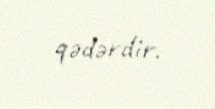
qədərdir.